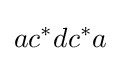
ac^{*}dc^{*}a